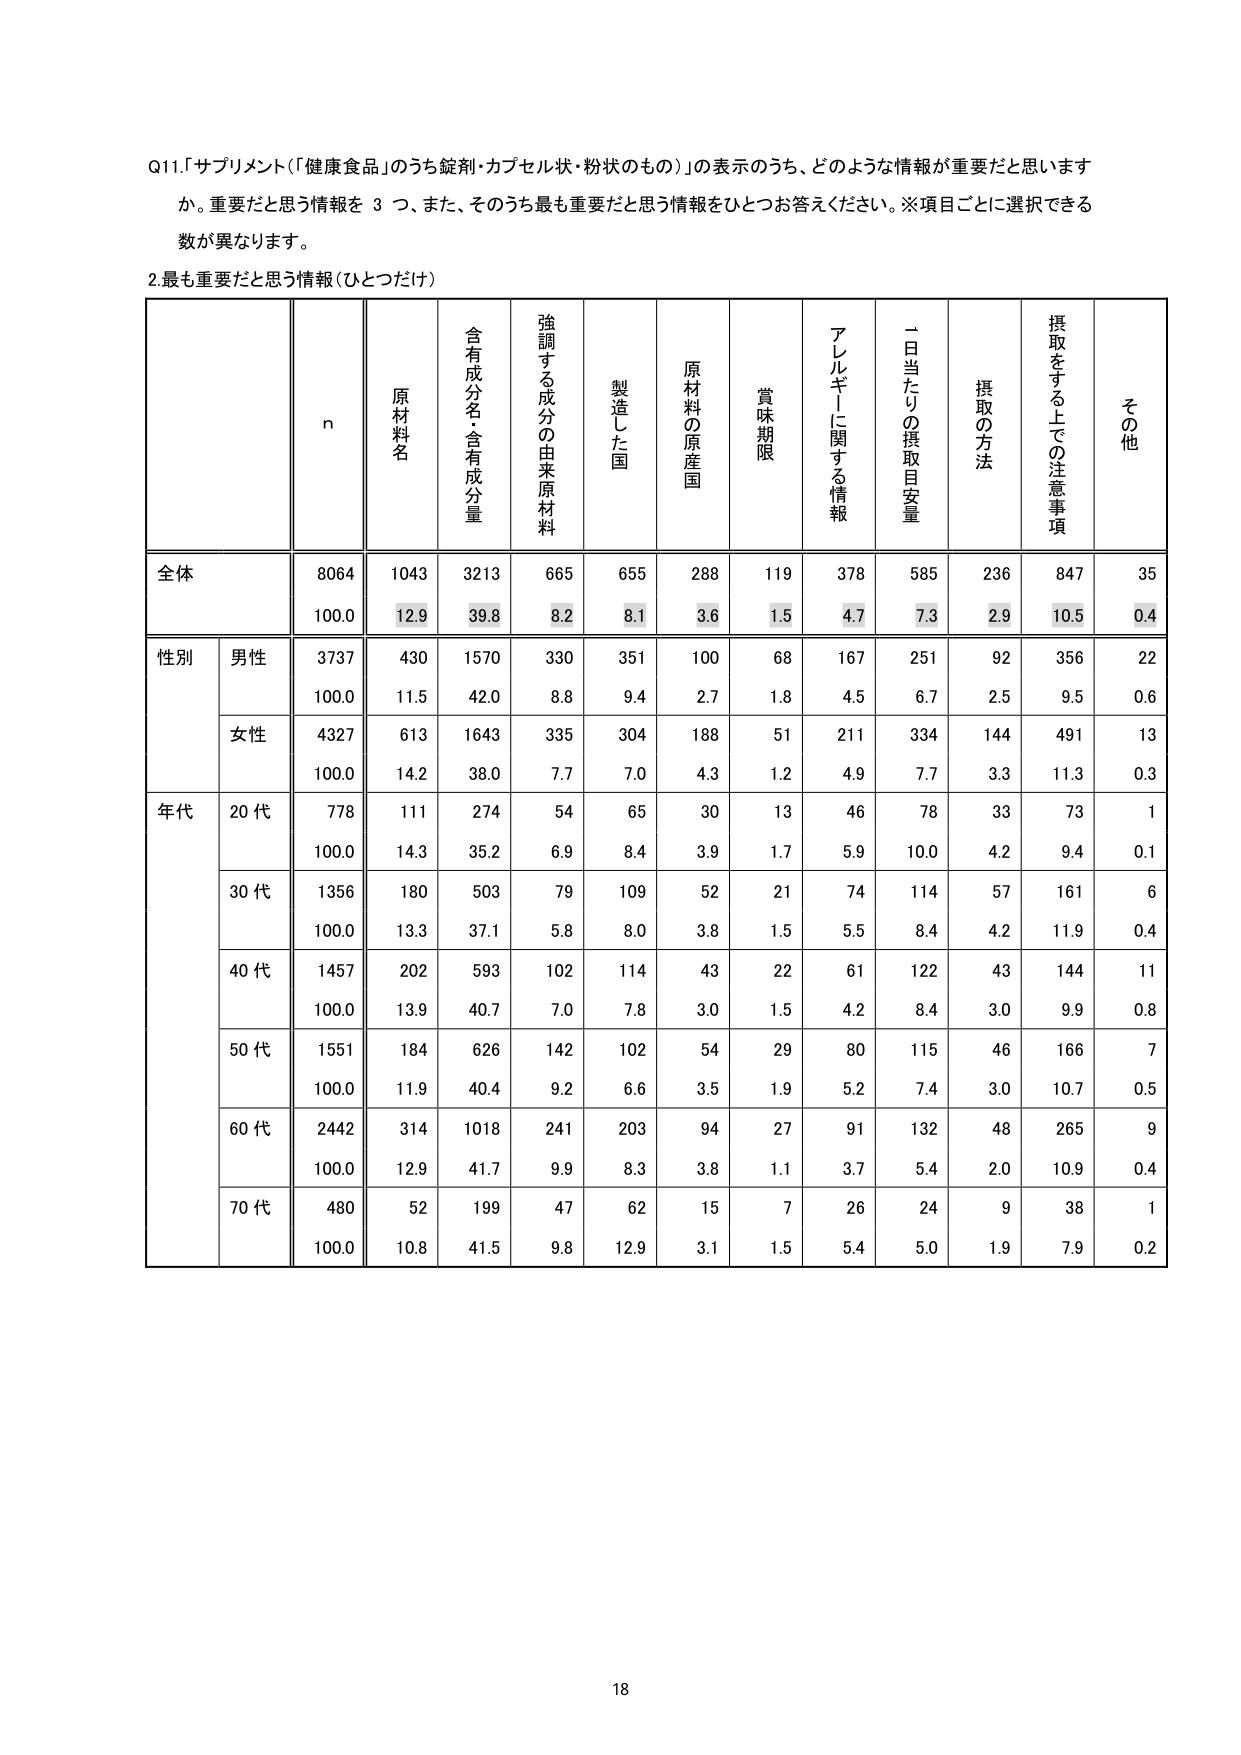
Q11.「サプリメント（「健康食品」のうち錠剤・カプセル状・粉状のもの）」の表示のうち、どのような情報が重要だと思いますか。重要だと思う情報を3つ、また、そのうち最も重要だと思う情報をひとつお答えください。※項目ごとに選択できる数が異なります。

2.最も重要だと思う情報（ひとつだけ）

n 原材料名 含有成分名・含有成分量 強調する成分の由来原材料 製造した国 原材料の原産国 賞味期限 アレルギーに関する情報 一日当たりの摂取目安量 摂取の方法 摂取をする上での注意事項 その他

全体 8064 1043 3213 665 655 288 119 378 585 236 847 35
100.0 12.9 39.8 8.2 8.1 3.6 1.5 4.7 7.3 2.9 10.5 0.4

性別 男性 3737 430 1570 330 351 100 68 167 251 92 356 22
100.0 11.5 42.0 8.8 9.4 2.7 1.8 4.5 6.7 2.5 9.5 0.6

女性 4327 613 1643 335 304 188 51 211 334 144 491 13
100.0 14.2 38.0 7.7 7.0 4.3 1.2 4.9 7.7 3.3 11.3 0.3

年代 20代 778 111 274 54 65 30 13 46 78 33 73 1
100.0 14.3 35.2 6.9 8.4 3.9 1.7 5.9 10.0 4.2 9.4 0.1

30代 1356 180 503 79 109 52 21 74 114 57 161 6
100.0 13.3 37.1 5.8 8.0 3.8 1.5 5.5 8.4 4.2 11.9 0.4

40代 1457 202 593 102 114 43 22 61 122 43 144 11
100.0 13.9 40.7 7.0 7.8 3.0 1.5 4.2 8.4 3.0 9.9 0.8

50代 1551 184 626 142 102 54 29 80 115 46 166 7
100.0 11.9 40.4 9.2 6.6 3.5 1.9 5.2 7.4 3.0 10.7 0.5

60代 2442 314 1018 241 203 94 27 91 132 48 265 9
100.0 12.9 41.7 9.9 8.3 3.8 1.1 3.7 5.4 2.0 10.9 0.4

70代 480 52 199 47 62 15 7 26 24 9 38 1
100.0 10.8 41.5 9.8 12.9 3.1 1.5 5.4 5.0 1.9 7.9 0.2

18